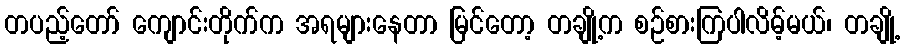
တပည့်တော် ကျောင်းတိုက်က အရများနေတာ မြင်တော့ တချို့က စဉ်စားကြပါလိမ့်မယ်၊ တချို့